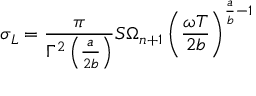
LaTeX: \sigma _ { L } = \frac { \pi } { \Gamma ^ { 2 } \left( \frac { a } { 2 b } \right) } S \Omega _ { n + 1 } \left( \frac { \omega T } { 2 b } \right) ^ { \frac { a } { b } - 1 }